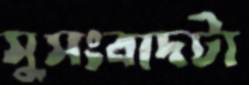
সুসংবাদটা